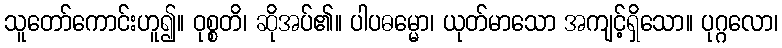
သူတော်ကောင်းဟူ၍။ ဝုစ္စတိ၊ ဆိုအပ်၏။ ပါပဓမ္မော၊ ယုတ်မာသော အကျင့်ရှိသော။ ပုဂ္ဂလော၊